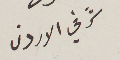
شرقي الاردن